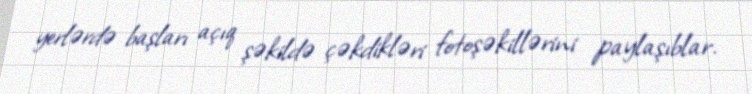
yerlərdə başları açıq şəkildə çəkdikləri fotoşəkillərini paylaşıblar.